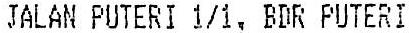
JALAN PUTERI 1/1, BDR PUTERI